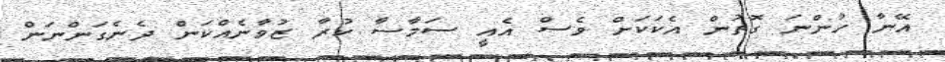
އޭނާ ހުންނަ ގޮތުން އެކަކަށް ވެސް އެއީ ސަމާސާ ކުރާ ޒުވާނެއްކަން ދެނެގަންނަން